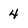
Character: 4